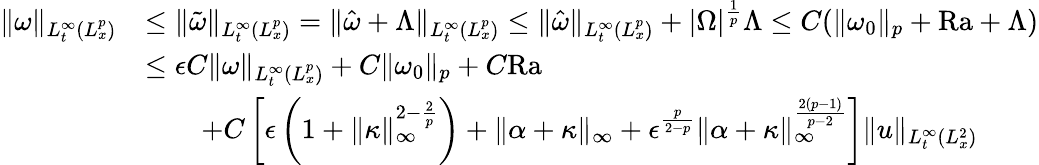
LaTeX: \begin{array}{rl}{\| \omega\| _{L_{t}^{\infty}(L_{x}^{p})}}&{\leq\| \tilde{\omega}\| _{L_{t}^{\infty}(L_{x}^{p})}=\| \hat{\omega}+\Lambda\| _{L_{t}^{\infty}(L_{x}^{p})}\leq\| \hat{\omega}\| _{L_{t}^{\infty}(L_{x}^{p})}+|\Omega|^{\frac{1}{p}}\Lambda\leq C(\| \omega_{0}\| _{p}+\mathrm{{Ra}}+\Lambda)}\\ &{\leq\epsilon C\| \omega\| _{L_{t}^{\infty}(L_{x}^{p})}+C\| \omega_{0}\| _{p}+C{\mathrm{Ra}}}\\ &{\qquad+C\left[\epsilon\left(1+\| \kappa\| _{\infty}^{2-\frac{2}{p}}\right)+\| \alpha+\kappa\| _{\infty}+\epsilon^{\frac{p}{2-p}}\| \alpha+\kappa\| _{\infty}^{\frac{2(p-1)}{p-2}}\right]\| u\| _{L_{t}^{\infty}(L_{x}^{2})}}\end{array}